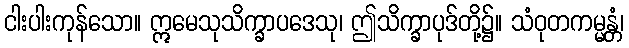
ငါးပါးကုန်သော။ ဣမေသုသိက္ခာပဒေသု၊ ဤသိက္ခာပုဒ်တို့၌။ သံဝုတကမ္မန္တံ၊